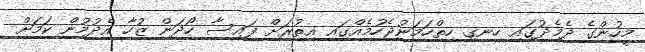
މީހުންގެ ދެމެދުގައި ހިނގި ހިތްހަމަނުޖެހުމެއްގައި އިތުރަށް ފައިސާ ހޯދަން ޒުހާ އެދުމުން ކަމަށް